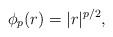
LaTeX: \begin{align*}\phi_p (r) = |r|^{p/2},\end{align*}